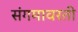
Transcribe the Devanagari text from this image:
संगमावरती